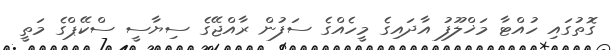
ގޮތުގައި ހުއްޓާ މަޚްލޫފު އާދައިގެ މީހެއްގެ ސަފުން ރާއްޖޭގެ ސިޔާސީ ސްކޭޕްގެ މަތީ